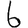
Digit: 6